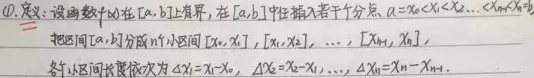
\textcircled{1} 定义：设函数\(f(x)\)在\([a,b]\)上有界，在\([a,b]\)中任意插入若干个分点\(a = x_0<x_1<x_2<\cdots <x_{n - 1}<x_n=b\)，
把区间\([a,b]\)分成\(n\)个小区间\([x_0,x_1]\)，\([x_1,x_2]\)，\(\cdots\)，\([x_{n - 1},x_n]\)，
各小区间长度依次为\(\Delta x_1 = x_1 - x_0\)，\(\Delta x_2 = x_2 - x_1\)，\(\cdots\)，\(\Delta x_n = x_n - x_{n - 1}\).